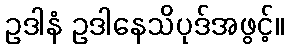
ဥဒါနံ ဥဒါနေသိပုဒ်အဖွင့်။